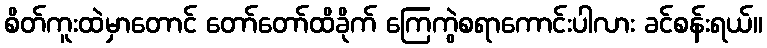
စိတ်ကူးထဲမှာတောင် တော်တော်ထိခိုက် ကြေကွဲစရာကောင်းပါလား ခင်စန်းရယ်။